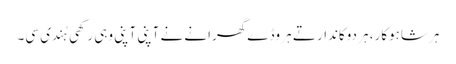
ہر شاہوکار، ہر دوکاندار تے ہر وڈے گھرانے نے آپنی آپنی وہی رکھی ہُندی سی۔